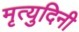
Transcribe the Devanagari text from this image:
मृत्युदिनी